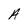
Character: A